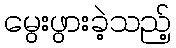
မွေးဖွားခဲ့သည့်